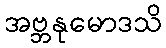
အဗ္ဘနုမောဒသိ